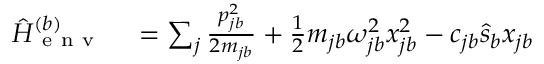
\begin{array} { r l } { \hat { H } _ { \mathrm { ~ e ~ n ~ v ~ } } ^ { ( b ) } } & { { } = \sum _ { j } \frac { p _ { j b } ^ { 2 } } { 2 m _ { j b } } + \frac { 1 } { 2 } m _ { j b } \omega _ { j b } ^ { 2 } x _ { j b } ^ { 2 } - c _ { j b } \hat { s } _ { b } x _ { j b } } \end{array}